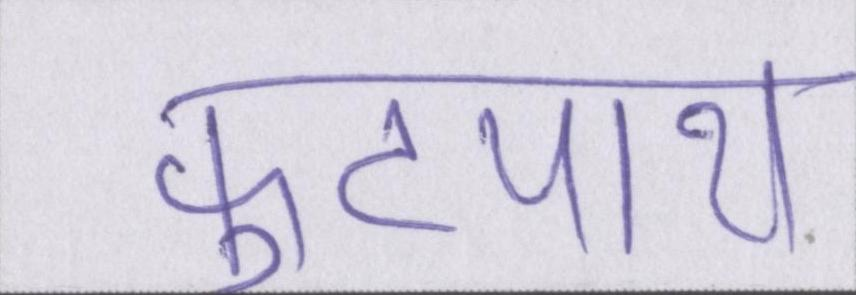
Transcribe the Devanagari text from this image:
फुटपाथ